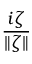
\frac { i \zeta } { \| \zeta \| }